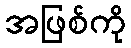
အဖြစ်ကို